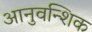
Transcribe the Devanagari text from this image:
आनुवन्शिक